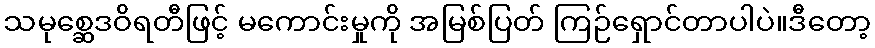
သမုစ္ဆေဒဝိရတီဖြင့် မကောင်းမှုကို အမြစ်ပြတ် ကြဉ်ရှောင်တာပါပဲ။ဒီတော့